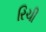
રિચી